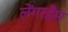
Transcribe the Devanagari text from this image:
लेंगरहैम